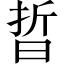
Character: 晢